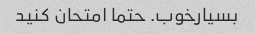
بسیارخوب. حتما امتحان کنید